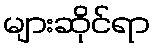
များဆိုင်ရာ